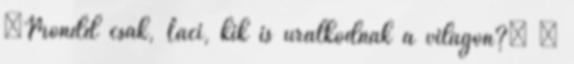
„Mondd csak, Laci, kik is uralkodnak a világon?” –